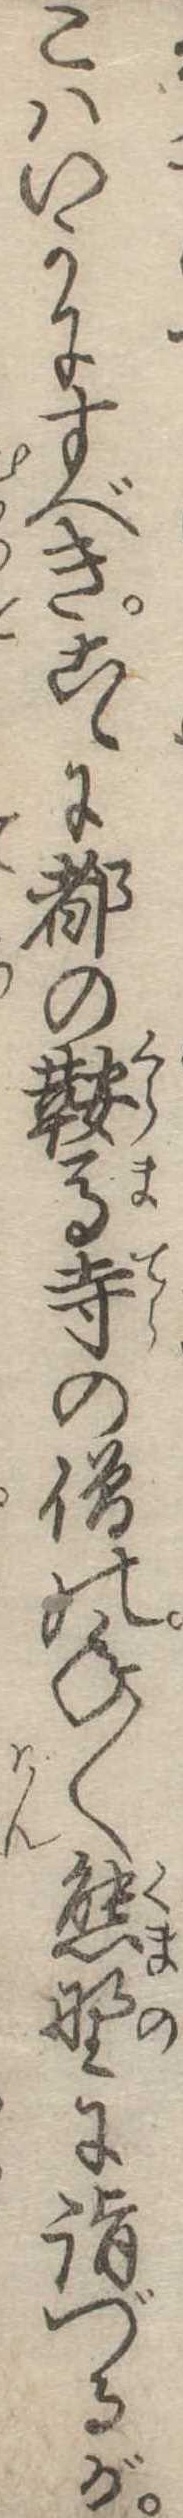
こはいかにすべきこゝに都の鞍馬寺の僧の年〱熊野に詣づるが